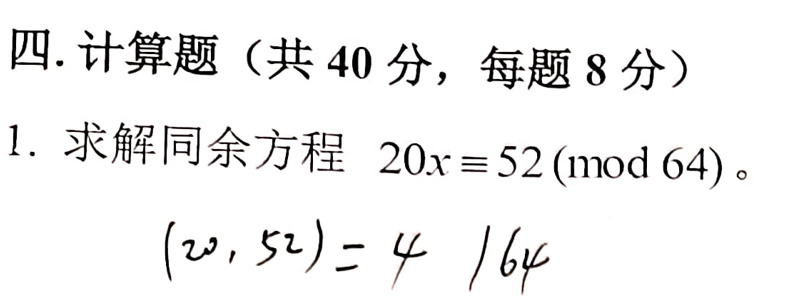
### 四. 计算题（共 40 分，每题 8 分）
1. 求解同余方程 \(20x\equiv52\pmod{64}\)。
   - \((20,52) = 4\mid64\)